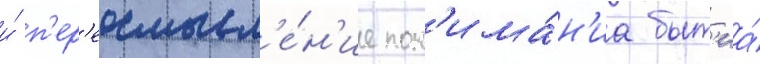
и́ п'ер'еосмысл'е́н'ие пон'има́н'иа быт'иа́